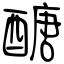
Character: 醣